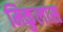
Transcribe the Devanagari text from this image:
मिकुलास